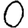
Digit: 0